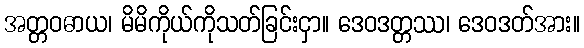
အတ္တဝဓာယ၊ မိမိကိုယ်ကိုသတ်ခြင်းငှာ။ ဒေဝဒတ္တဿ၊ ဒေဝဒတ်အား။